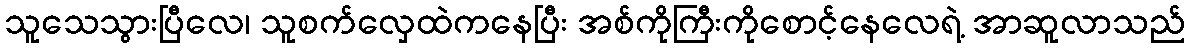
သူသေသွားပြီလေ၊ သူစက်လှေထဲကနေပြီး အစ်ကိုကြီးကိုစောင့်နေလေရဲ့ အာဆူလာသည်